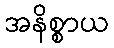
အနိစ္စာယ